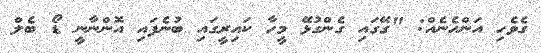
ގެވެހި އަންހެނެއް: "ގޭގައި ގެންގުޅޭ މީހާ ކައިރީގައި ބުނެފައި އޮންނާނީ ޑޯ ބެލް